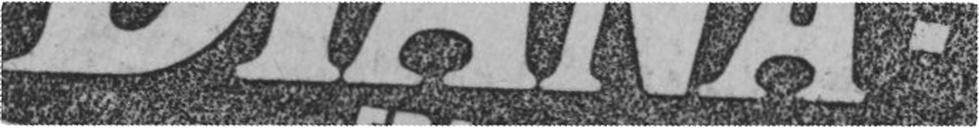
DIANA-